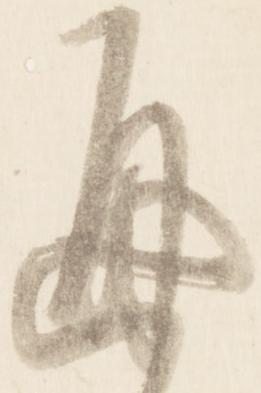
通